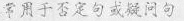
常用于否定句或疑问句